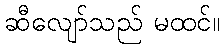
ဆီလျော်သည် မထင်။